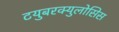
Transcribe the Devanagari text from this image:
टयुबरक्युलोसिस